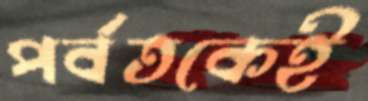
পর্বতকেই